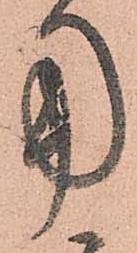
用